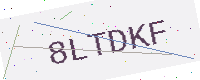
Text: 8LTDKF